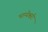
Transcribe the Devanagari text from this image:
भाग्येश्वरी